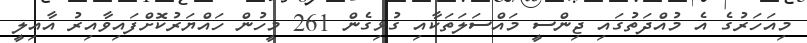
މިއަހަރުގެ އެ މުއްދަތުގައި ޖިންސީ މައްސަލަތަކާއި ގުޅިގެން 261 މީހުން ހައްޔަރުކޮށްފައިވާއިރު އާއިލީ